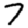
Digit: 7